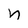
Character: n